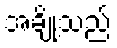
အချို့သည်